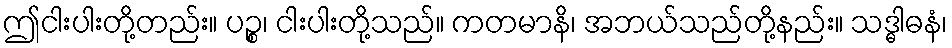
ဤငါးပါးတို့တည်း။ ပဉ္စ၊ ငါးပါးတို့သည်။ ကတမာနိ၊ အဘယ်သည်တို့နည်း။ သဒ္ဓါဓနံ၊